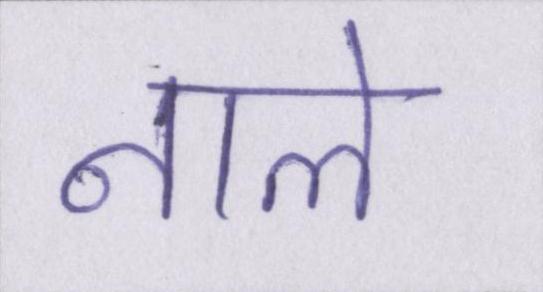
नाले